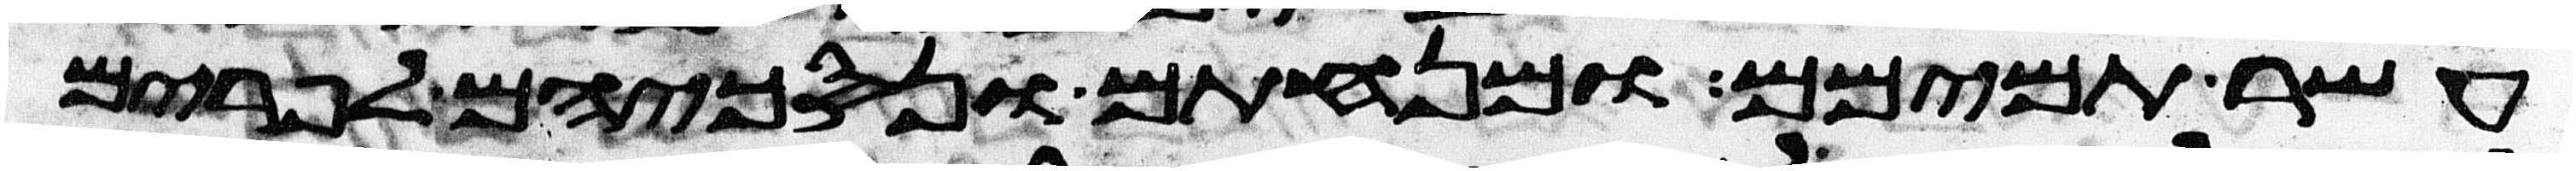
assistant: עשר תמימם ומנחתם ונסכיהם לפרים